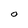
Character: O